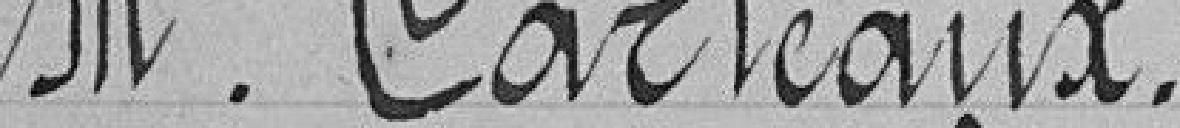
M. Carteaux.